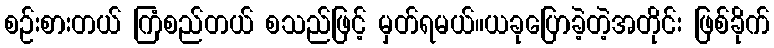
စဉ်းစားတယ် ကြံစည်တယ် စသည်ဖြင့် မှတ်ရမယ်။ယခုပြောခဲ့တဲ့အတိုင်း ဖြစ်ခိုက်